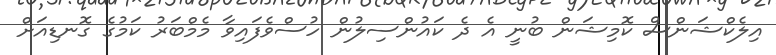
އިލެކްޝަންސް ކޮމިޝަން ބުނީ އެ ދެ ކައުންސިލުން ހުސްވެފައިވާ މެމްބަރު ކަމުގެ ގޮނޑިއަށް